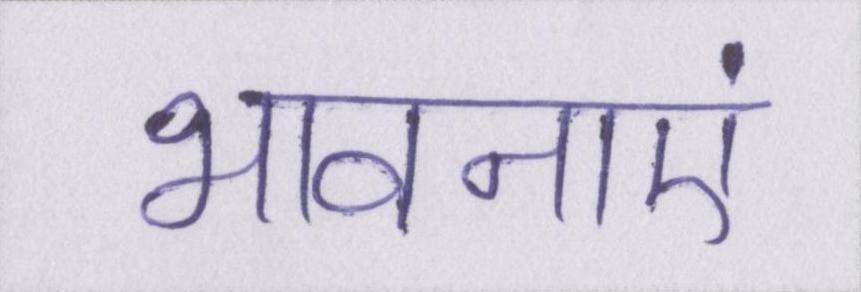
भावनाएं